Report of the King Institute of Preventive Medicine, Guindy
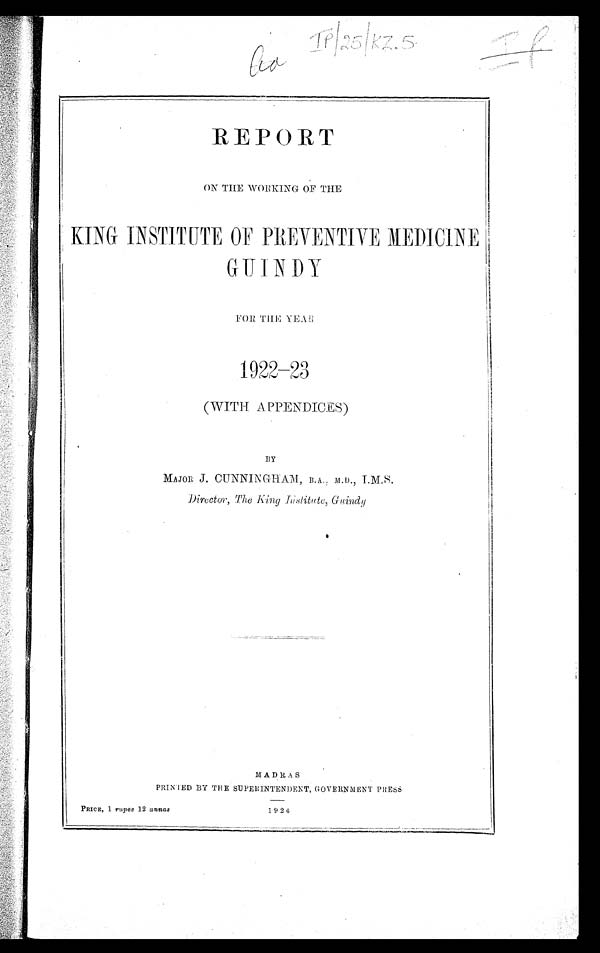
REPORT
ON THE WORKING OF THE
KING INSTITUTE OF PREVENTIVE MEDICINE
GUINDY
FOR THE YEAR
1922—23
(WITH APPENDICES)
BY
MAJOR J . CUNNINGHAM, B.A., M.D.,
I.M.S.
Director, The King Institute, Guindy
MADRAS
PRINTED BY THE SUPERINTENDENT, GOVERNMENT PRESS
PRICE, 1 rupee 12 annas
1924